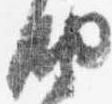
納